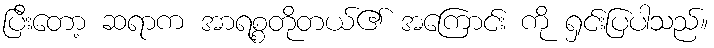
ပြီးတော့ ဆရာက အာရစ္စတိုတယ်၏ အကြောင်း ကို ရှင်းပြပါသည်။